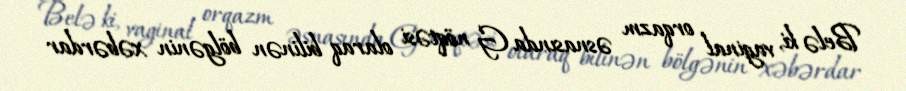
Belə ki, vaginal orqazm əsnasında G nöqtəsi olaraq bilinən bölgənin xəbərdar